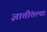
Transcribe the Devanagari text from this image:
ज्ञातींतल्या